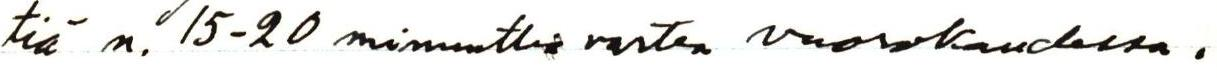
tiä n. 15-20 minuuttia varten vuorokaudessa.